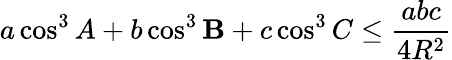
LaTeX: a\cos^{3}A+b\cos^{3}\mathbf{B}+c\cos^{3}C\leq{\frac{{abc}}{{4R^{2}}}}